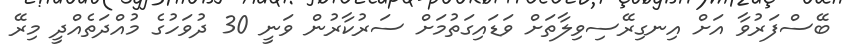
ބޭސްފަރުވާ އަށް އިނގިރޭސިވިލާތަށް ވަޑައިގަތުމަށް ސަރުކާރުން ވަނީ 30 ދުވަހުގެ މުއްދަތެއްދީ މިރޭ